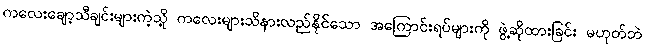
ကလေးချော့သီချင်းများကဲ့သို့ ကလေးများသိနားလည်နိုင်သော အကြောင်းရပ်များကို ဖွဲ့ဆိုထားခြင်း မဟုတ်ဘဲ